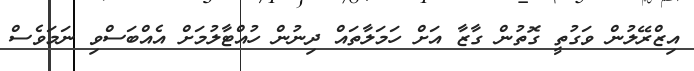
އިޒްރޭލުން ވަގުތީ ގޮތުން ގާޒާ އަށް ހަމަލާތައް ދިނުން ހުއްޓާލުމަށް އެއްބަސްވި ނަމަވެސް